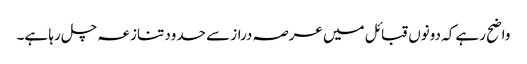
واضح رہے کہ دونوں قبائل میں عرصہ دراز سے حدود تنازعہ چل رہا ہے۔